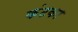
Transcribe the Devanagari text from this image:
कंटका